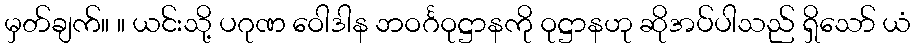
မှတ်ချက်။ ။ ယင်းသို့ ပဂုဏ ဝေါဒါန ဘဝင်္ဂဝုဋ္ဌာနကို ဝုဋ္ဌာနဟု ဆိုအပ်ပါသည် ရှိသော် ယံ